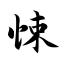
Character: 悚